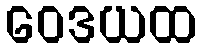
ဝေဒယထ